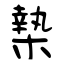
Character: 槷